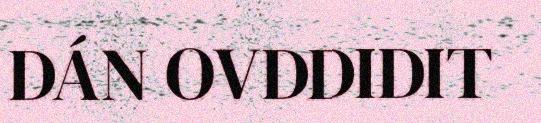
DÁN OVDDIDIT